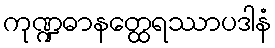
ကုဏ္ဍဓာနတ္ထေရဿာပဒါနံ